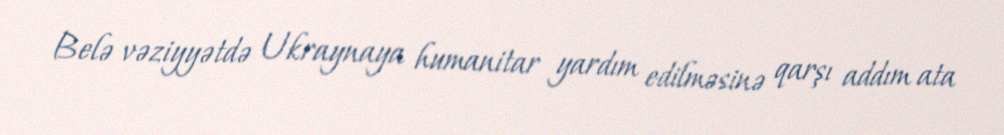
Belə vəziyyətdə Ukraynaya humanitar yardım edilməsinə qarşı addım ata